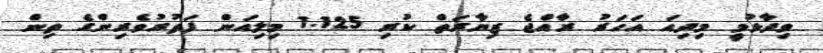
ވިދާޅުވީ މިދިއަ އަހަރު ރާއްޖެ ޒިޔާރަތް ކުރި 1.125 މިލިއަން ފަތުރުވެރިންގެ ތިން